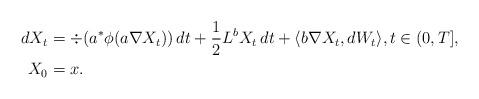
LaTeX: \begin{align*}\begin{aligned}dX_{t} & =\div(a^{\ast}\phi(a\nabla X_{t}))\,dt+\frac{1}{2}L^{b}X_{t}\,dt+\langle b\nabla X_{t},dW_{t}\rangle,t\in(0,T],\\X_{0} & =x.\end{aligned}\end{align*}